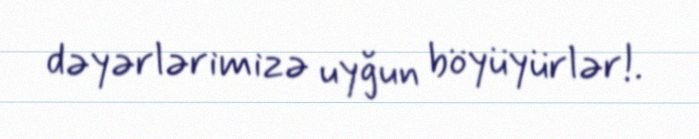
dəyərlərimizə uyğun böyüyürlər!.